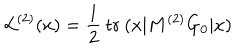
{ \cal L } ^ { ( 2 ) } ( x ) = \frac 1 2 \: \mathrm { t r } \: ( x \vert M ^ { ( 2 ) } G _ { 0 } \vert x )